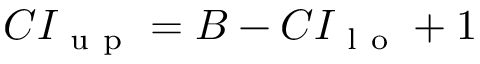
C I _ { \mathrm { ~ u ~ p ~ } } = B - C I _ { \mathrm { ~ l ~ o ~ } } + 1